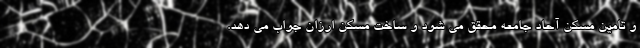
و تامین مسکن آحاد جامعه محقق می شود و ساخت مسکن ارزان جواب می دهد.